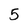
Character: 5